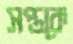
সপ্তকে